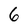
Character: 6